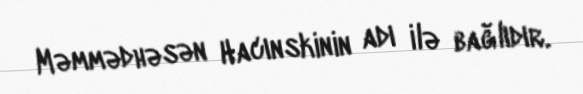
Məmmədhəsən Hacınskinin adı ilə bağlıdır.